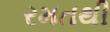
રમતથી